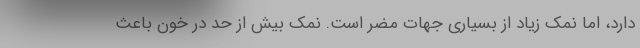
دارد، اما نمک زیاد از بسیاری جهات مضر است. نمک بیش از حد در خون باعث